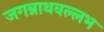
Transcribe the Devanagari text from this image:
जगन्नाथवल्लभ